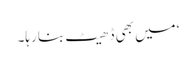
‘ میں بھی ڈھیٹ بنا رہا۔